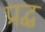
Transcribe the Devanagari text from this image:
प्रद्ध